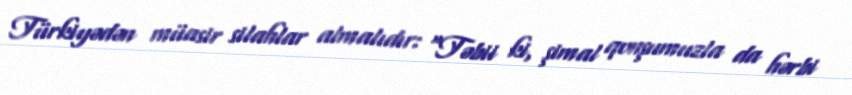
Türkiyədən müasir silahlar almalıdır: “Təbii ki, şimal qonşumuzla da hərbi